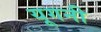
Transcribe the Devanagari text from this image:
यूगनी